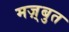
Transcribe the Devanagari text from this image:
मज़्बुत